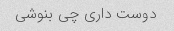
دوست داری چی بنوشی